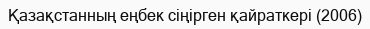
Қазақстанның еңбек сіңірген қайраткері (2006)